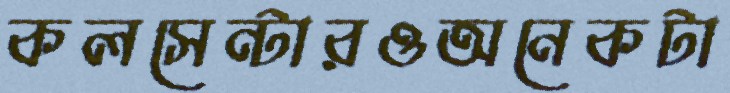
কলসেন্টারওঅনেকটা